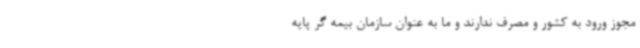
مجوز ورود به کشور و مصرف ندارند و ما به عنوان سازمان بیمه گر پایه